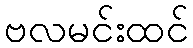
ဗလမင်းထင်